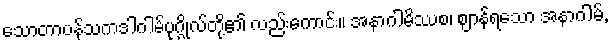
သောတာပန်သကဒါဂါမ်ပုဂ္ဂိုလ်တို့၏ လည်းကောင်း။ အနာဂါမိဿစ၊ ဈာန်ရသော အနာဂါမ်,